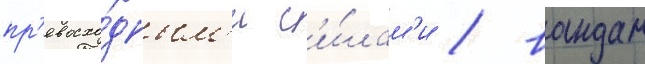
пр'евосхо́дным'и с'и́лам'и / вандам